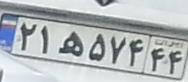
۲۱ه۵۷۴۴۴